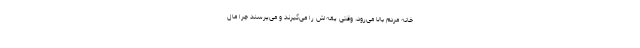
خانه‌ مردم بالا می‌رود، وقتی یقه‌اش را می‌گیرند و می‌پرسند چرا مال